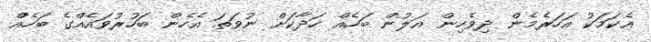
އެކަމަކު އަހަރެމެން ދިވެހިން އަލުން ބަހެއް ހަދާކަށް ނުވަތަ އެހެން ބަހުރުވައެއްގެ ބަހެއް